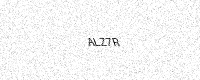
Text: ALZ7R